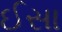
ઈસા